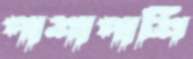
পাশাপাশি